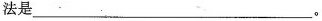
法是___ 。